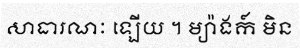
សាធារណៈ ឡើយ ។ ម្យ៉ាងក៍ មិន